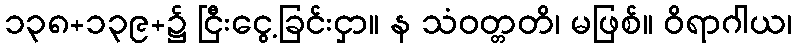
၁၃၈+၁၃၉+၌ ငြီးငွေ့ခြင်းငှာ။ န သံဝတ္တတိ၊ မဖြစ်။ ဝိရာဂါယ၊